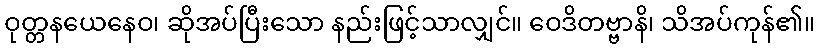
ဝုတ္တနယေနေဝ၊ ဆိုအပ်ပြီးသော နည်းဖြင့်သာလျှင်။ ဝေဒိတဗ္ဗာနိ၊ သိအပ်ကုန်၏။